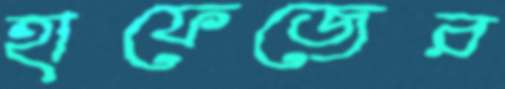
হাফেজের